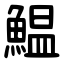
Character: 鰛